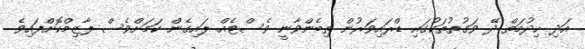
އަދި ހިދުމަތް ދޭ ވަގުތުތަކުގައި ޑްރައިވަރުން ތިބެންވާނީ ވެސްޓެއް ލައިގެން ކަމަށްވެސް ލާޒިމްކޮށްފައިވެ